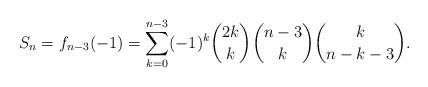
LaTeX: \begin{align*}S_n=f_{n-3}(-1)=\sum_{k=0}^{n-3}(-1)^k{2k\choose k}{n-3\choose k}{k\choose n-k-3}. \end{align*}